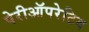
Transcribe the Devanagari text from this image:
पेरीऑपरेटिव